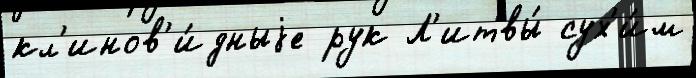
кл'инов'и́дныjе рук Л'итвы́ сух'и́м